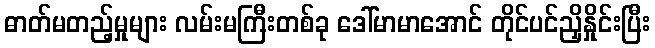
ဓာတ်မတည့်မှုများ လမ်းမကြီးတစ်ခု ဒေါ်မာမာအောင် တိုင်ပင်ညှိနှိုင်းပြီး